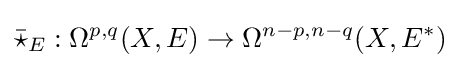
{\bar {\star }}_{E}:\Omega ^{p,q}(X,E)\to \Omega ^{n-p,n-q}(X,E^{*})